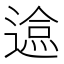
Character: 𲅬